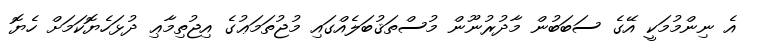
އެ ނިންމުމަކީ އޭގެ ސަބަބުން މާދުރުނޫން މުސްތަޤުބަލެއްގައި މުޖުތަމަޢުގެ އިޖުތިމާޢި ދުޅަހެޔޮކަމަށް ހެޔޮ